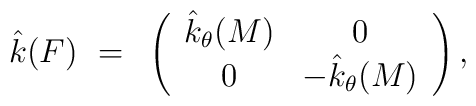
\hat k(F)~=~\left(\begin{array}{cc}\hat k_\theta(M) & 0 \\0 & -\hat k_\theta(M)\\\end{array}\right),